Report on the Civil Veterinary Department, Eastern Bengal and Assam - 1907-1911
Year: 1907
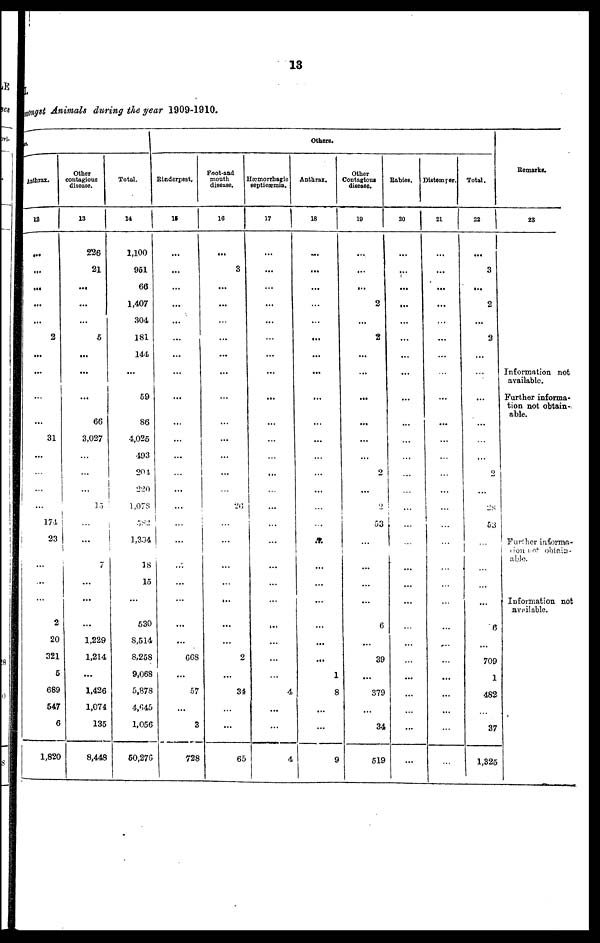
13
I.
amongst Animals during the year 1909-1910.
Anthrax.
12
…
…
...
...
2
...
…
...
...
31
...
…
…
…
174
23
...
...
...
2
20
321
5
689
547
6
1,820
Other
contagious
disease.
13
226
21
…
...
...
5
...
…
…
66
3,027
...
...
...
15
...
…
7
...
…
...
1,229
1,214
...
1,426
1,074
135
8,448
Total.
14
1,100
951
66
1,407
304
181
144
…
69
86
4,025
493
204
220
1,073
582
1,334
18
15
...
530
8,514
8,258
9,068
5,878
4,045
1,056
50,276
Others.
Rinderpest.
15
...
...
...
...
...
…
...
…
…
...
...
...
…
...
...
…
…
...
...
...
...
...
668
...
57
...
3
728
Foot-and
mouth
disease.
16
...
3
...
...
...
...
...
…
…
...
...
...
...
…
26
…
...
...
...
…
...
...
2
...
34
...
...
65
Hæmorrhagic
septicæmia.
17
…
...
...
...
...
...
…
...
...
...
...
...
…
...
...
…
...
...
...
…
…
...
…
4
...
...
4
Anthrax.
18
…
...
...
...
...
…
...
...
…
...
...
...
...
...
…
...
…
...
...
...
...
...
…
1
8
...
...
9
Other
Contagious
disease.
19
…
...
...
2
...
2
...
…
…
…
...
...
2
...
2
53
…
...
...
…
6
...
39
...
379
...
34
519
Rabies.
20
...
...
...
...
...
...
...
…
…
...
...
...
…
…
…
...
…
...
...
…
…
...
...
...
...
...
...
...
Distemper.
21
. . .
...
...
...
...
...
...
…
…
...
...
...
…
...
...
…
…
…
...
…
...
....
...
...
...
...
...
…
Total.
22
…
3
...
2
...
2
...
...
…
...
...
...
2
...
28
53
…
...
...
…
6
…
709
1
482
37
1,325
Remarks.
23
Information not
available.
Further informa-
tion not obtain-.
able.
Further informa-
tion not obtain-
able.
Information not
available.